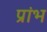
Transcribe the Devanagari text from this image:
प्रांभ